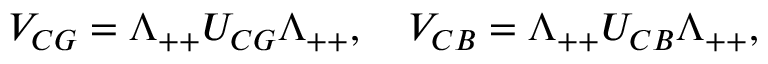
V _ { C G } = \Lambda _ { + + } U _ { C G } \Lambda _ { + + } , \quad V _ { C B } = \Lambda _ { + + } U _ { C B } \Lambda _ { + + } ,